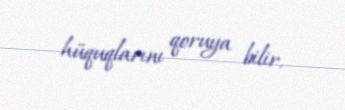
hüquqlarını qoruya bilir.